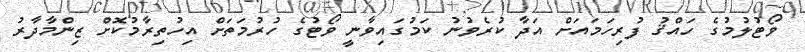
ވޯޓުލުމުގެ ހައްޤު ފުރިހަމައަށް އަދާ ކުރެވުނު ކަމުގައިވާނީ ވޯޓުގެ ހުރުމަތަށް އިހުތިރާމުކޮށް ޒިންމާދާރު